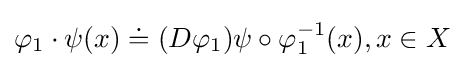
\varphi _{1}\cdot \psi (x)\doteq (D\varphi _{1})\psi \circ \varphi _{1}^{-1}(x),x\in X